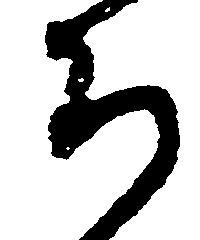
ち